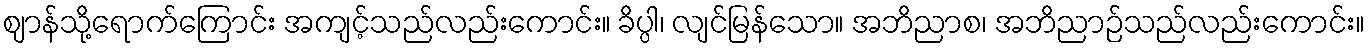
ဈာန်သို့ရောက်ကြောင်း အကျင့်သည်လည်းကောင်း။ ခိပ္ပါ၊ လျင်မြန်သော။ အဘိညာစ၊ အဘိညာဉ်သည်လည်းကောင်း။